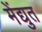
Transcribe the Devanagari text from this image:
मेंद्युत